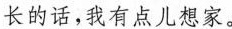
长的话,我有点儿想家。